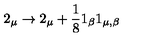
2 _ { \mu } \rightarrow 2 _ { \mu } + \frac { 1 } { 8 } 1 _ { \beta } 1 _ { \mu , \beta }